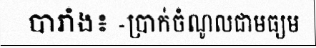
បារាំង៖ -ប្រាក់ចំណូលជាមធ្យម